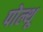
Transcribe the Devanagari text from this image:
पोल्थू